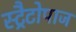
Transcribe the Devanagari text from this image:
स्ट्रैटोपाज